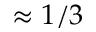
\approx 1 / 3